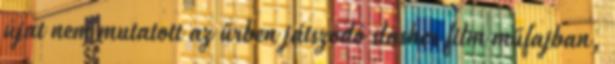
újat nem mutatott az űrben játszódó slasher film műfajban,